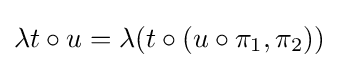
\lambda t\circ u=\lambda (t\circ (u\circ \pi _{1},\pi _{2}))